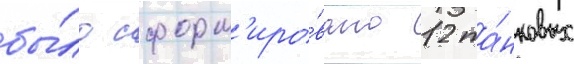
бы́ло сформ'иро́вано 12 та́нковых